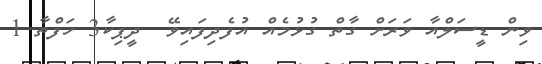
ވިން ޑީސަލްއާ ވަރަށް ގާތް ގުޅުމެއް އުފެދިފައިވޭ  ދީޕިކާ3 ހަފްތާ 1